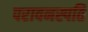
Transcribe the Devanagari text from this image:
परावनस्पति